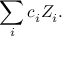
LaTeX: \sum _ { i } c _ { i } Z _ { i } .